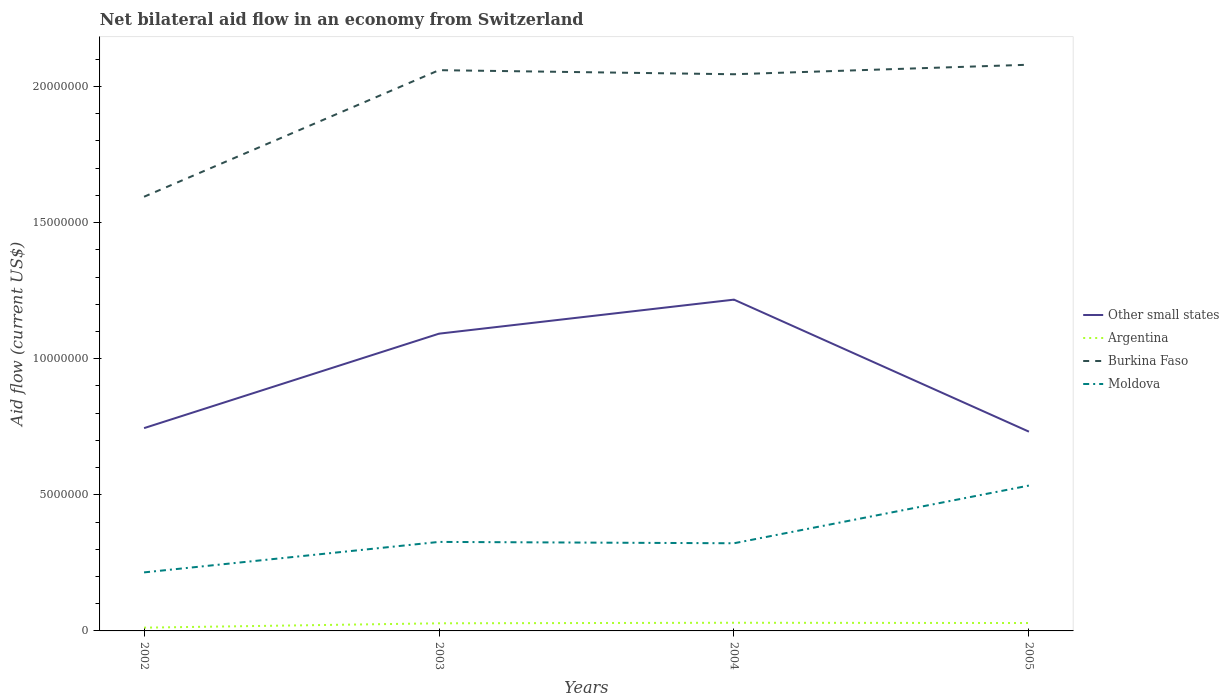
| Years | Other small states | Argentina | Burkina Faso | Moldova |
 | --- | --- | --- | --- | --- |
 | 2002 | 7.45e+06 | 1.2e+05 | 1.6e+07 | 2.15e+06 |
 | 2003 | 1.09e+07 | 2.8e+05 | 2.06e+07 | 3.27e+06 |
 | 2004 | 1.22e+07 | 3e+05 | 2.04e+07 | 3.22e+06 |
 | 2005 | 7.32e+06 | 2.9e+05 | 2.08e+07 | 5.34e+06 |